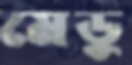
মেডু